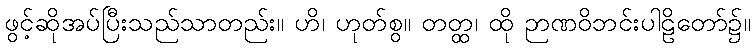
ဖွင့်ဆိုအပ်ပြီးသည်သာတည်း။ ဟိ၊ ဟုတ်စွ။ တတ္ထ၊ ထို ဉာဏဝိဘင်းပါဠိတော်၌။